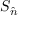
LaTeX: S _ { \hat { n } }